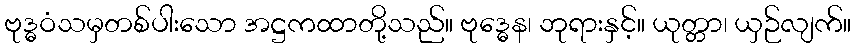
ဗုဒ္ဓဝံသမှတစ်ပါးသော အဋ္ဌကထာတို့သည်။ ဗုဒ္ဓေန၊ ဘုရားနှင့်။ ယုတ္တာ၊ ယှဉ်လျက်။